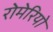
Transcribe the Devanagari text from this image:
रोमेरियो